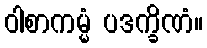
ဝါစာကမ္မံ ပဒက္ခိဏံ။